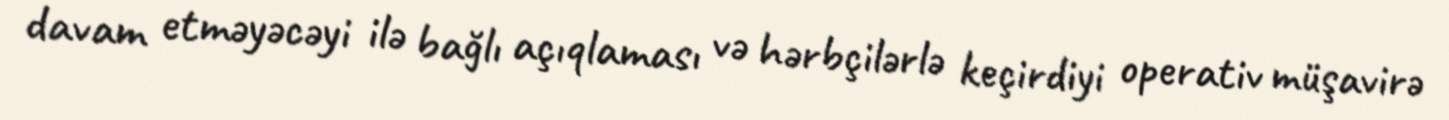
davam etməyəcəyi ilə bağlı açıqlaması və hərbçilərlə keçirdiyi operativ müşavirə